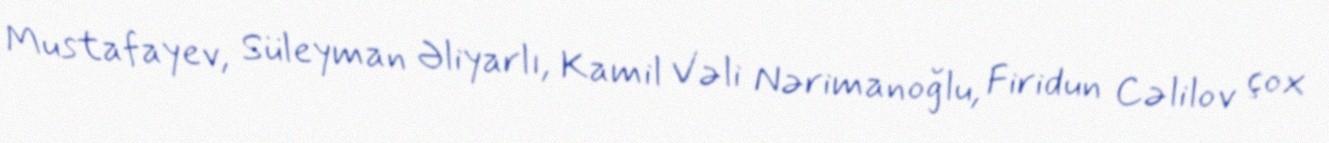
Mustafayev, Süleyman Əliyarlı, Kamil Vəli Nərimanoğlu, Firidun Cəlilov çox